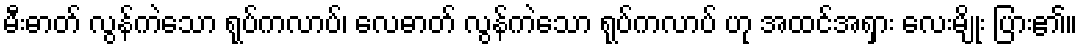
မီးဓာတ် လွန်ကဲသော ရုပ်ကလာပ်၊ လေဓာတ် လွန်ကဲသော ရုပ်ကလာပ် ဟု အထင်အရှား လေးမျိုး ပြား၏။